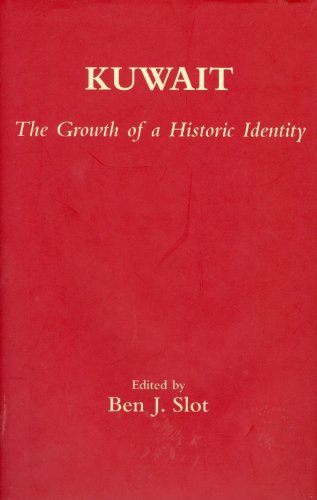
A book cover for Kuwait: The Growth of a Historic Identity; History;